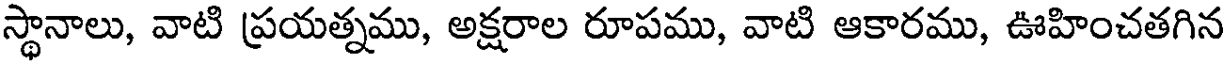
స్థానాలు, వాటి ప్రయత్నము, అక్షరాల రూపము, వాటి ఆకారము, ఊహించతగిన